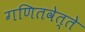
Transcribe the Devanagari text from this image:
गणितवेत्ते